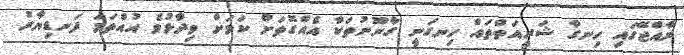
ރާއްޖޭގައި ހިނގާ ޝަރީއަތްތައް ހިނގަނީ ގާނޫނުތަކާ އެއްގޮތަށް ކަމަށް ވިދާޅުވެ އުއްތަމަ ފަނޑިޔާރު